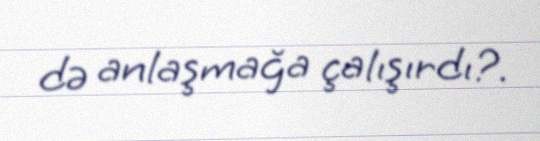
də anlaşmağa çalışırdı?.